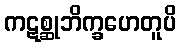
ကဋစ္ဆုဘိက္ခဟေတူပိ